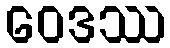
ဝေဒဿ